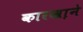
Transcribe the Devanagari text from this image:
कारखा़ने